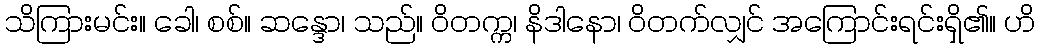
သိကြားမင်း။ ခေါ၊ စစ်။ ဆန္ဒော၊ သည်။ ဝိတက္က၊ နိဒါနော၊ ဝိတက်လျှင် အကြောင်းရင်းရှိ၏။ ဟိ